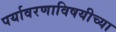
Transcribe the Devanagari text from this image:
पर्यावरणाविषयीच्या